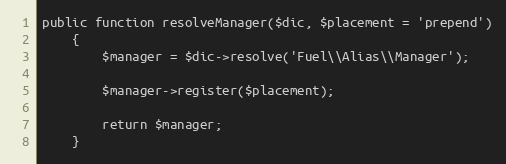
Language: PHP
public function resolveManager($dic, $placement = 'prepend')
	{
		$manager = $dic->resolve('Fuel\\Alias\\Manager');

		$manager->register($placement);

		return $manager;
	}